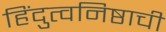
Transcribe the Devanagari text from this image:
हिंदुत्वनिष्ठाची